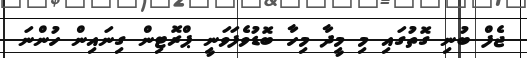
ޖެފް ބުނި ގޮތުގައި މި މީދާ މިހާ ބޮޑުވެފަވަނީ ޕްރޮޓިން ގިނައިން ހުންނަ